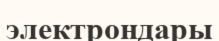
электрондары